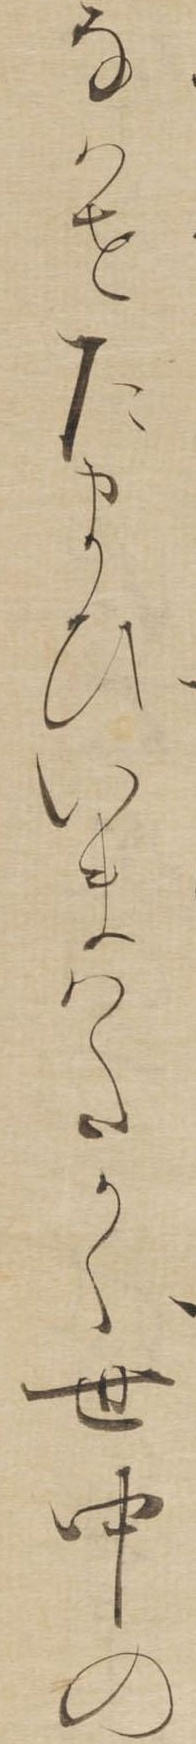
なはせたまひいまはたかく世中の